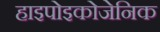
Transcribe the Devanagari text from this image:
हाइपोइकोजेनिक